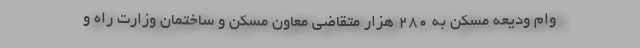
وام ودیعه مسکن به ۲۸۰ هزار متقاضی معاون مسکن و ساختمان وزارت راه و